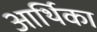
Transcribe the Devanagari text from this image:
आर्थिका